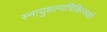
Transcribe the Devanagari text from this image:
स्नायुशल्यचिकित्सकों